Civil Veterinary Dept. Assam report 1911-1927 - 1911-1927
Year: 1911
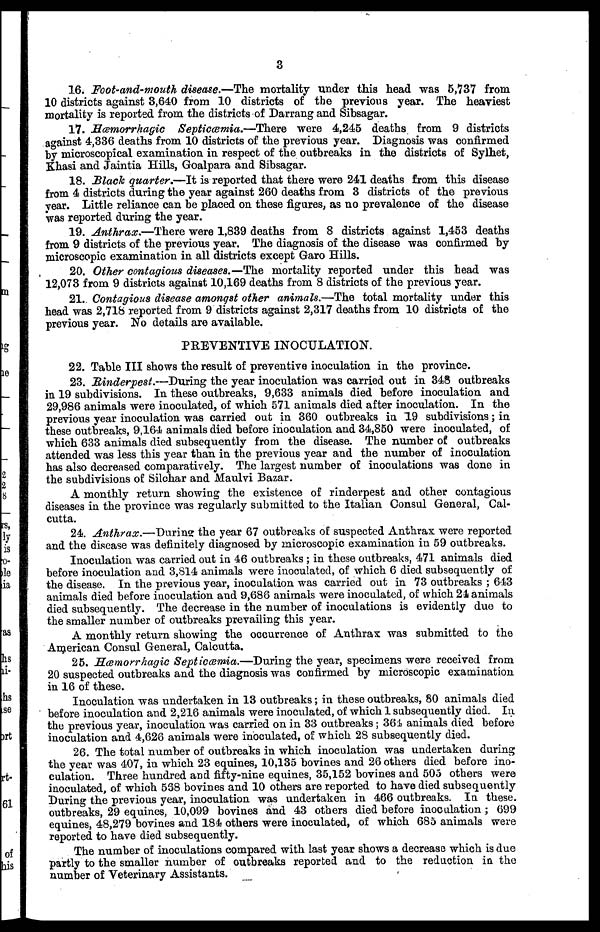
3
16. Foot-and-mouth disease.—The mortality under this head was 5,737 from
10 districts against 3,640 from 10 districts of the previous year. The heaviest
mortality is reported from the districts of Darrang and Sibsagar.
17. Hæmorrhagic Septicæmia.—There were 4,245 deaths from 9 districts
against 4,336 deaths from 10 districts of the previous year. Diagnosis was confirmed
by microscopical examination in respect of the outbreaks in the districts of Sylhet,
Khasi and Jaintia Hills, Goalpara and Sibsagar.
18. Black quarter.—It is reported that there were 241 deaths from this disease
from 4 districts during the year against 260 deaths from 3 districts of the previous
year. Little reliance can be placed on these figures, as no prevalence of the disease
was reported during the year.
19. Anthrax.—There were 1,839 deaths from 8 districts against 1,453 deaths
from 9 districts of the previous year. The diagnosis of the disease was confirmed by
microscopic examination in all districts except Garo Hills.
20. Other contagious diseases.—The mortality reported under this head was
12,073 from 9 districts against 10,169 deaths from 8 districts of the previous year.
21. Contagious disease amongst other animals.—The total mortality under this
head was 2,718 reported from 9 districts against 2,317 deaths from 10 districts of the
previous year. No details are available.
PREVENTIVE INOCULATION.
22. Table III shows the result of preventive inoculation in the province.
23. Rinderpest.—During the year inoculation was carried out in 348 outbreaks
in 19 subdivisions. In these outbreaks, 9,633 animals died before inoculation and
29,986 animals were inoculated, of which 571 animals died after inoculation. In the
previous year inoculation was carried out in 360 outbreaks in 19 subdivisions; in
these outbreaks, 9,164 animals died before inoculation and 34,850 were inoculated, of
which 633 animals died subsequently from the disease. The number of outbreaks
attended was less this year than in the previous year and the number of inoculation
has also decreased comparatively. The largest number of inoculations was done in
the subdivisions of Silchar and Maulvi Bazar.
A monthly return showing the existence of rinderpest and other contagious
diseases in the province was regularly submitted to the Italian Consul General, Cal-
cutta.
24. Anthrax.—During the year 67 outbreaks of suspected Anthrax were reported
and the disease was definitely diagnosed by microscopic examination in 59 outbreaks.
Inoculation was carried out in 46 outbreaks ; in these outbreaks, 471 animals died
before inoculation and 3,814 animals were inoculated, of which 6 died subsequently of
the disease. In the previous year, inoculation was carried out in 73 outbreaks ; 643
animals died before inoculation and 9,686 animals were inoculated, of which 24 animals
died subsequently. The decrease in the number of inoculations is evidently duo to
the smaller number of outbreaks prevailing this year.
A monthly return showing the occurrence of Anthrax was submitted to the
American Consul General, Calcutta.
25. Hæmorrhagic Septicæmia.—During the year, specimens were received from
20 suspected outbreaks and the diagnosis was confirmed by microscopic examination
in 16 of these.
Inoculation was undertaken in 13 outbreaks; in these outbreaks, 80 animals died
before inoculation and 2,216 animals were inoculated, of which 1 subsequently died. In
the previous year, inoculation was carried on in 33 outbreaks ; 364 animals died before
inoculation and 4,626 animals were inoculated, of which 28 subsequently died.
26. The total number of outbreaks in which inoculation was undertaken during
the year was 407, in which 23 equines, 10,135 bovines and 26 others died before ino-
culation. Three hundred and fifty-nine equines, 35,152 bovines and 505 others were
inoculated, of which 568 bovines and 10 others are reported to have died subsequently
During the previous year, inoculation was undertaken in 466 outbreaks. In these,
outbreaks, 29 equines, 10,099 bovines and 43 others died before inoculation ; 699
equines, 48,279 bovines and 184 others were inoculated, of which 685 animals were
reported to have died subsequently.
The number of inoculations compared with last year shows a decrease which is due
partly to the smaller number of outbreaks reported and to the reduction in the
number of Veterinary Assistants.